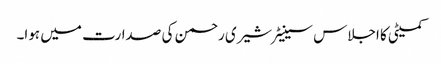
کمیٹی کا اجلاس سینیٹر شیری رحمن کی صدارت میں ہوا۔